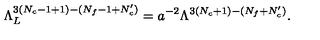
\Lambda _ { L } ^ { 3 ( N _ { c } - 1 + 1 ) - ( N _ { f } - 1 + N _ { c } ^ { \prime } ) } = a ^ { - 2 } \Lambda ^ { 3 ( N _ { c } + 1 ) - ( N _ { f } + N _ { c } ^ { \prime } ) } .